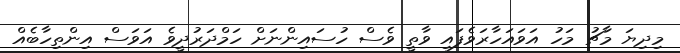
މިދިޔަ މާޗު މަހު އަވައަހާރަވެފައި ވާތީ ވެސް ހުސައިންނަށް ހަމްދަރުދީވެ އަވަސް އިންތިހާބެއް